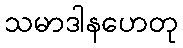
သမာဒါနဟေတု